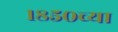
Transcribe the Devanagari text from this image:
१८५०च्या